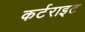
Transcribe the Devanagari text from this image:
कर्टराइट